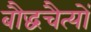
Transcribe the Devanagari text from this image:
बौद्धचैत्यों